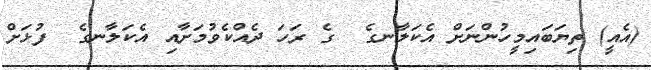
(އެއީ) ތިޔަބައިމީހުންނަށް އެކަލާނގެ  ގެ ރަހަ ދެއްކެވުމަށާއި އެކަލާނގެ  ފުޅަށް